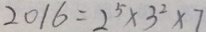
2 0 1 6 = 2 ^ { 5 } \times 3 ^ { 2 } \times 7